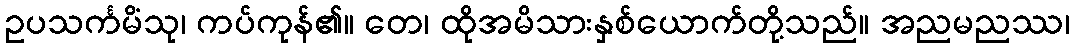
ဥပသင်္ကမိံသု၊ ကပ်ကုန်၏။ တေ၊ ထိုအမိသားနှစ်ယောက်တို့သည်။ အညမညဿ၊